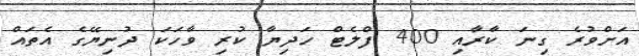
އަށްވުރެ ގިނަ ކާރާއި 400 ފްލެޓް ހަދިޔާ ކުރި ވާހަކަ ދުނިޔޭގެ އެތައް